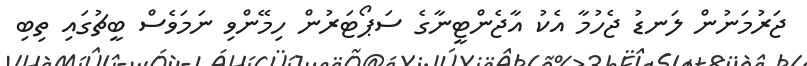
ޖަރުމަނުން ލަނޑު ޖެހުމާ އެކު އާޖެންޓީނާގެ ސަޕޯޓަރުން ހިމޭންވި ނަމަވެސް ބީޗުގައި ތިބި